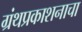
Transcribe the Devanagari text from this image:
ग्रंथप्रकाशनाचा